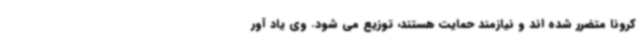
کرونا متضرر شده اند و نیازمند حمایت هستند، توزیع می شود. وی یاد آور